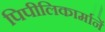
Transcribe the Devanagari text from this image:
पिपीलिकार्मानें